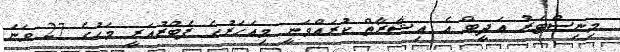
މިނިސްޓަރު އަދީބް އެ އިޝާރާތް ކުރައްވަނީ މިއަހަރުގެ ފެބްރުއަރީ މަހުގެ 27 ވަނަ